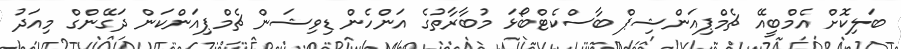
ބަލިކޮށް އެމްބީއޭ ޗެމްޕިއަންޝިޕް ބާސްކެޓްބޯޅަ މުބާރާތުގެ އަންހެން ޑިވިޝަން ޗެމްޕިއަންކަން ދަގޭންގް މިއަދު